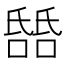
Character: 𬇎